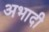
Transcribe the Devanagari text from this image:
अभादी